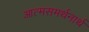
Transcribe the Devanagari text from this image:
आत्मसमर्थनार्थ